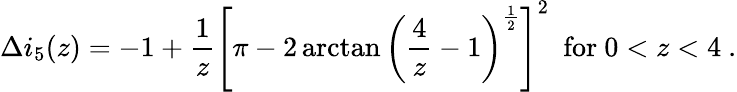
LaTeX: \Delta i_{5}(z)=-1+\frac{1}{z}\left[\pi-2\arctan\left(\frac{4}{z}-1\right)^{\frac{1}{2}}\right]^{2}~~\mathrm{for}~0<z<4~.